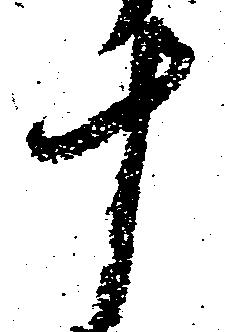
十